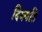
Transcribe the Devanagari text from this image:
दिक्पति